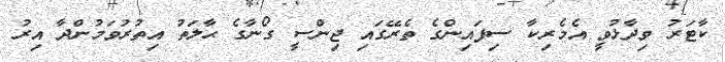
ކާޓަރު ވިދާޅުވީ އެމެރިކާ ސިފައިންގެ ތެރޭގައި ޖިންސީ ގޯނާގެ ޙާލަތު އިތުރުވަމުންދާ އިރު